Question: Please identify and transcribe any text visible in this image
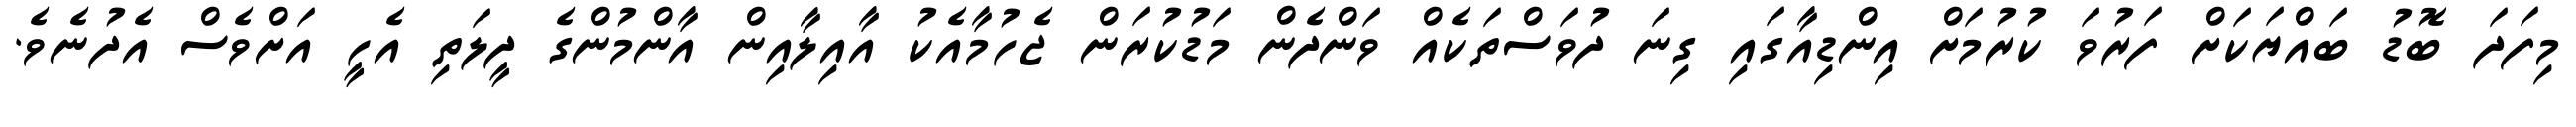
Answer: މިފަދަ ބޮޑު ބައްޔަކަށް ފަރުވަ ކުރުމަށް އިންޑިއާގައި ގިނަ ދުވަސްތަކެއް ވަންދެން މަޑުކުރަން ޖެހުމާއެކު އާއިލާއިން އާންމުންގެ ދީލަތި އެހީ އަށްވެސް އެދުނެވެ.